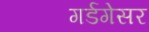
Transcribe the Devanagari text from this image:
गर्डगेसर